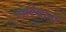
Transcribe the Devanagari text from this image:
सरियाना